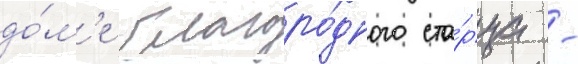
до́м'е благоро́дного ста́рца -